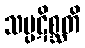
သမ္ပဋိစ္ဆတိ